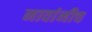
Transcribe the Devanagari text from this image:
नावांनीच